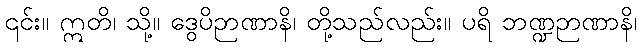
၎င်း။ ဣတိ၊ သို့။ ဒွေပိဉာဏာနိ၊ တို့သည်လည်း။ ပရိ ဘဏ္ဍဉာဏာနိ၊